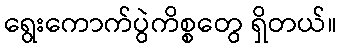
ရွေးကောက်ပွဲကိစ္စတွေ ရှိတယ်။